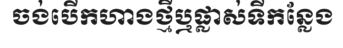
ចង់បើកហាងថ្មីឬផ្លាស់ទីកន្លែង